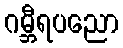
ဂမ္ဘီရပညော